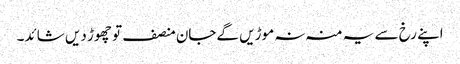
اپنے رخ سے یہ منہ نہ موڑیں گےجان منصف تو چھوڑ دیں شائد۔